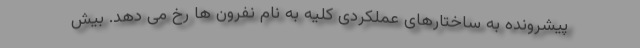
پیشرونده به ساختارهای عملکردی کلیه به نام نفرون ها رخ می دهد. بیش